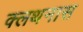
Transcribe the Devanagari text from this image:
क्लथनास